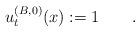
\begin{align*}u^{(B,0)}_t(x) :=1\qquad.\end{align*}